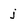
Character: j